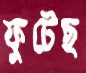
ফুটেছ